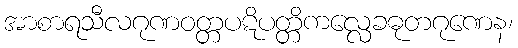
အာစာရသီလဂုဏဝတ္တပဋိပတ္တိကလ္လေခဓုတဂုဏေန၊